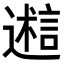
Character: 𬩋